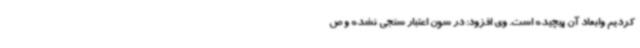
کردیم وابعاد آن پیچیده است. وی افزود: در سون اعتبار سنجی نشده و ص